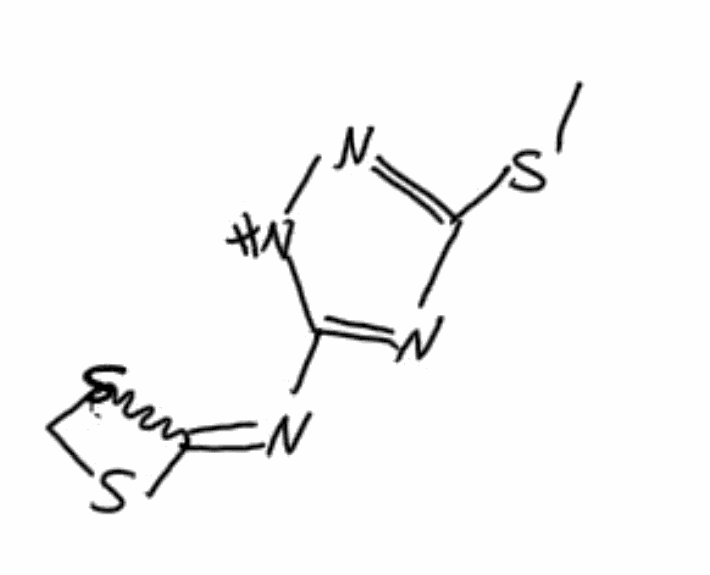
Simplified molecular-input line-entry system (SMILES) notation of the given molecule:
CSC1=NNC(=N1)N=C2SCS2